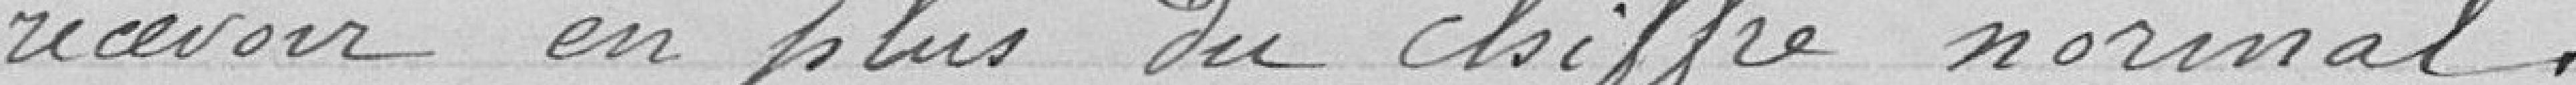
recevoir en plus du chiffre normal.